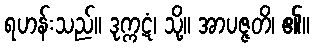
ရဟန်းသည်။ ဒုက္ကဋံ၊ သို့။ အာပဇ္ဇတိ၊ ၏။